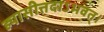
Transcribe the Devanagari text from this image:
ह्यासीत्तदाऽभवत्।